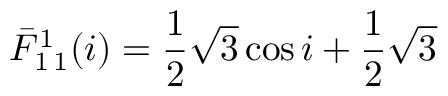
\bar { F } _ { 1 \, 1 } ^ { 1 } ( i ) = \frac { 1 } { 2 } \sqrt { 3 } \cos i + \frac { 1 } { 2 } \sqrt { 3 }